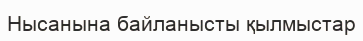
Нысанына байланысты қылмыстар